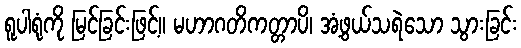
ရူပါရုံကို မြင်ခြင်းဖြင့်။ မဟာဂတိကတ္တာပိ၊ အံ့ဖွယ်သရဲသော သွားခြင်း